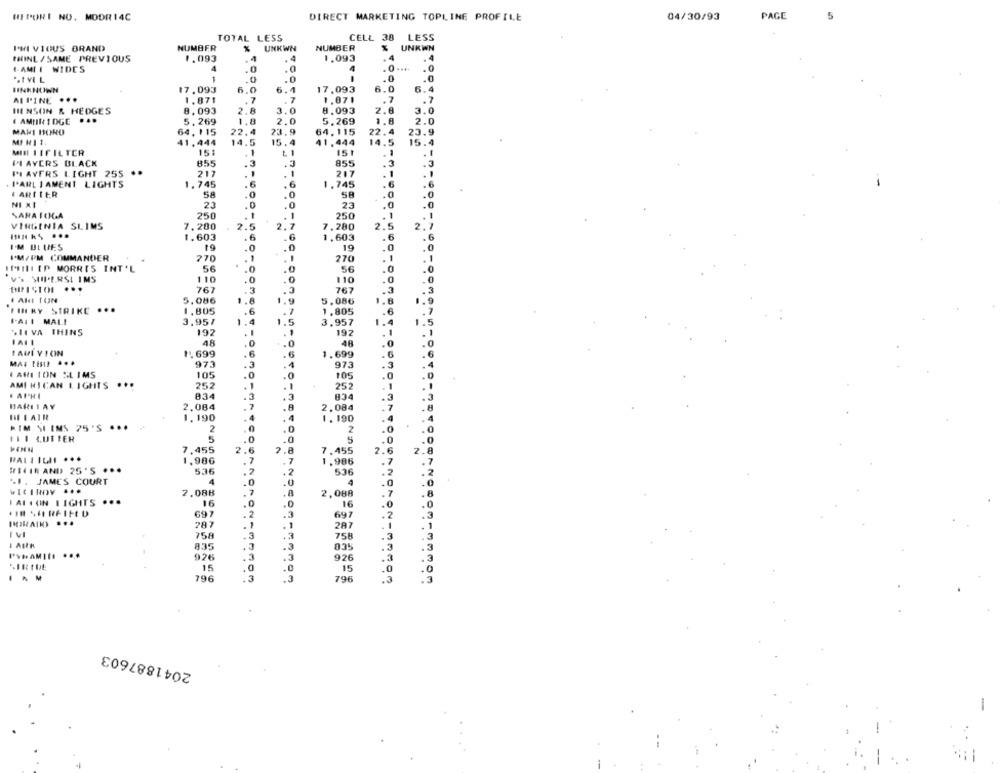
RIPORI NO. MODR14C
PAGE
DIRECT MARKETING TOPLINE PROFILE
04/30/93
5
TOTAL LESS
CELL 38 LESS
PHI VIOUS BRAND
NUMBER
UNKWN
NUMBER
UNKWN
PHINL / SAME PREVIOUS
1.093
1.093
.4
.4
ŁAMI I WIDES
4
4
.0
.0
.0
IINKNOWN
17.093
6.0
17,093
6.0
6.4
MPINE
...
1.871
7
1.071
.7
.7
HENSON & HEDGES
8.093
3.0
2.8
2.8
8.093
3.0
E AMIIR IDGE .4.
5.269
1.8
2.0
5.269
1.8
2.0
MARI BORO
64, 115
22.4
23.9
64.115
22. 4
23.9
MI HI 1.
41,444
14.5
15.4
11.444
14.5
15.4
MIN LIF IL TER
151
151
. 1
. 1
II AYERS BLACK
855
855
3
.3
..
4
PIAVERS LIGHT 255
217
.
217
. PARLIAMENT LIGHTS
1. 745
1.745
.6
EARLIER
58
.0
.0
.0
NI XI
23
.0
23
.0
SARATOGA
250
-
.1
250
.1
VIRGINIA SLIMS
2.5
2.7
2.
2.7
7,200
7,280
1.603
.6
1,603
.6
I'M BLUES
19
19
0
.0
I'M/PM COMMANDER
270
270
:* III IP MORRIS INT'L
56
0
'v' MIPERSI IMS
0
110
.0
....
767
3
767
5.086
5.086
FOTKY STRIKE ...
6
1,805
1.805
I.ALI MALI
3.957
3.957
.5
.IIVA THINS
192
197
48
48
LAHIVION
1.699
1.699
973
3
973
3
FARLION SLIMS
105
105
AMI HICAN LIGHTS ...
252
1
-
252
...
834
3
834
3
. APHI
BARIIAY
2,084
2.084
.8
IF I AIR
1,190
.4
1.190
.4
HIM SEEMS 75'S ...
2
2
LEI LUTIER
5
5
WOWOW- WODONTO
7,455
2.8
.6
7.455
2.
1,986
7
1.986
.7
#BIN AND) 25'S ...
5.36
.2
536
1. JAMES COURT
4
2.088
2,088
.7
FALLON LIGHTS ...
16
16
.0
.1H 4. REIFE D
697
697
.2
287
.1
287
.1
758
758
.3
.3
835
.3
926
926
.3
VIRTUE
15
15
.0
.. M
796
3
796
2041887603
-